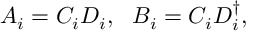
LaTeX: A _ { i } = C _ { i } D _ { i } , \ \ B _ { i } = C _ { i } D _ { i } ^ { \dagger } ,